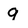
Character: q